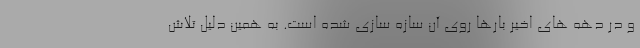
و در دهه های اخیر بارها روی آن سازه سازی شده است. به همین دلیل تلاش